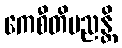
ကေစီတိမညန္တိ